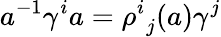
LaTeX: a^{-1}\gamma^{i}a={\rho^{i}}_{j}(a)\gamma^{j}